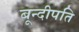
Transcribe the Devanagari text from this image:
बून्दीपति